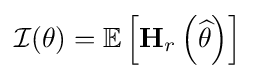
{\mathcal {I}}(\theta )=\operatorname {\mathbb {E} } \left[\mathbf {H} _{r}\left({\widehat {\theta }}\right)\right]